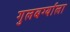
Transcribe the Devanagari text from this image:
गुलबर्ग्याला